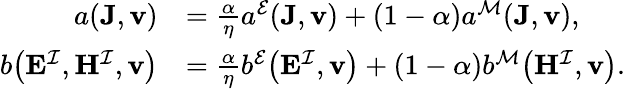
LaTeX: \begin{array}{rl}{a(\mathbf{J},\mathbf{v})}&{=\frac{\alpha}{\eta}a^{\mathcal{E}}(\mathbf{J},\mathbf{v})+(1-\alpha)a^{\mathcal{M}}(\mathbf{J},\mathbf{v}),}\\ {b\big(\mathbf{E}^{\mathcal{I}},\mathbf{H}^{\mathcal{I}},\mathbf{v}\big)}&{=\frac{\alpha}{\eta}b^{\mathcal{E}}\big(\mathbf{E}^{\mathcal{I}},\mathbf{v}\big)+(1-\alpha)b^{\mathcal{M}}\big(\mathbf{H}^{\mathcal{I}},\mathbf{v}\big).}\end{array}